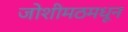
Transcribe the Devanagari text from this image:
जोशीमठमधून